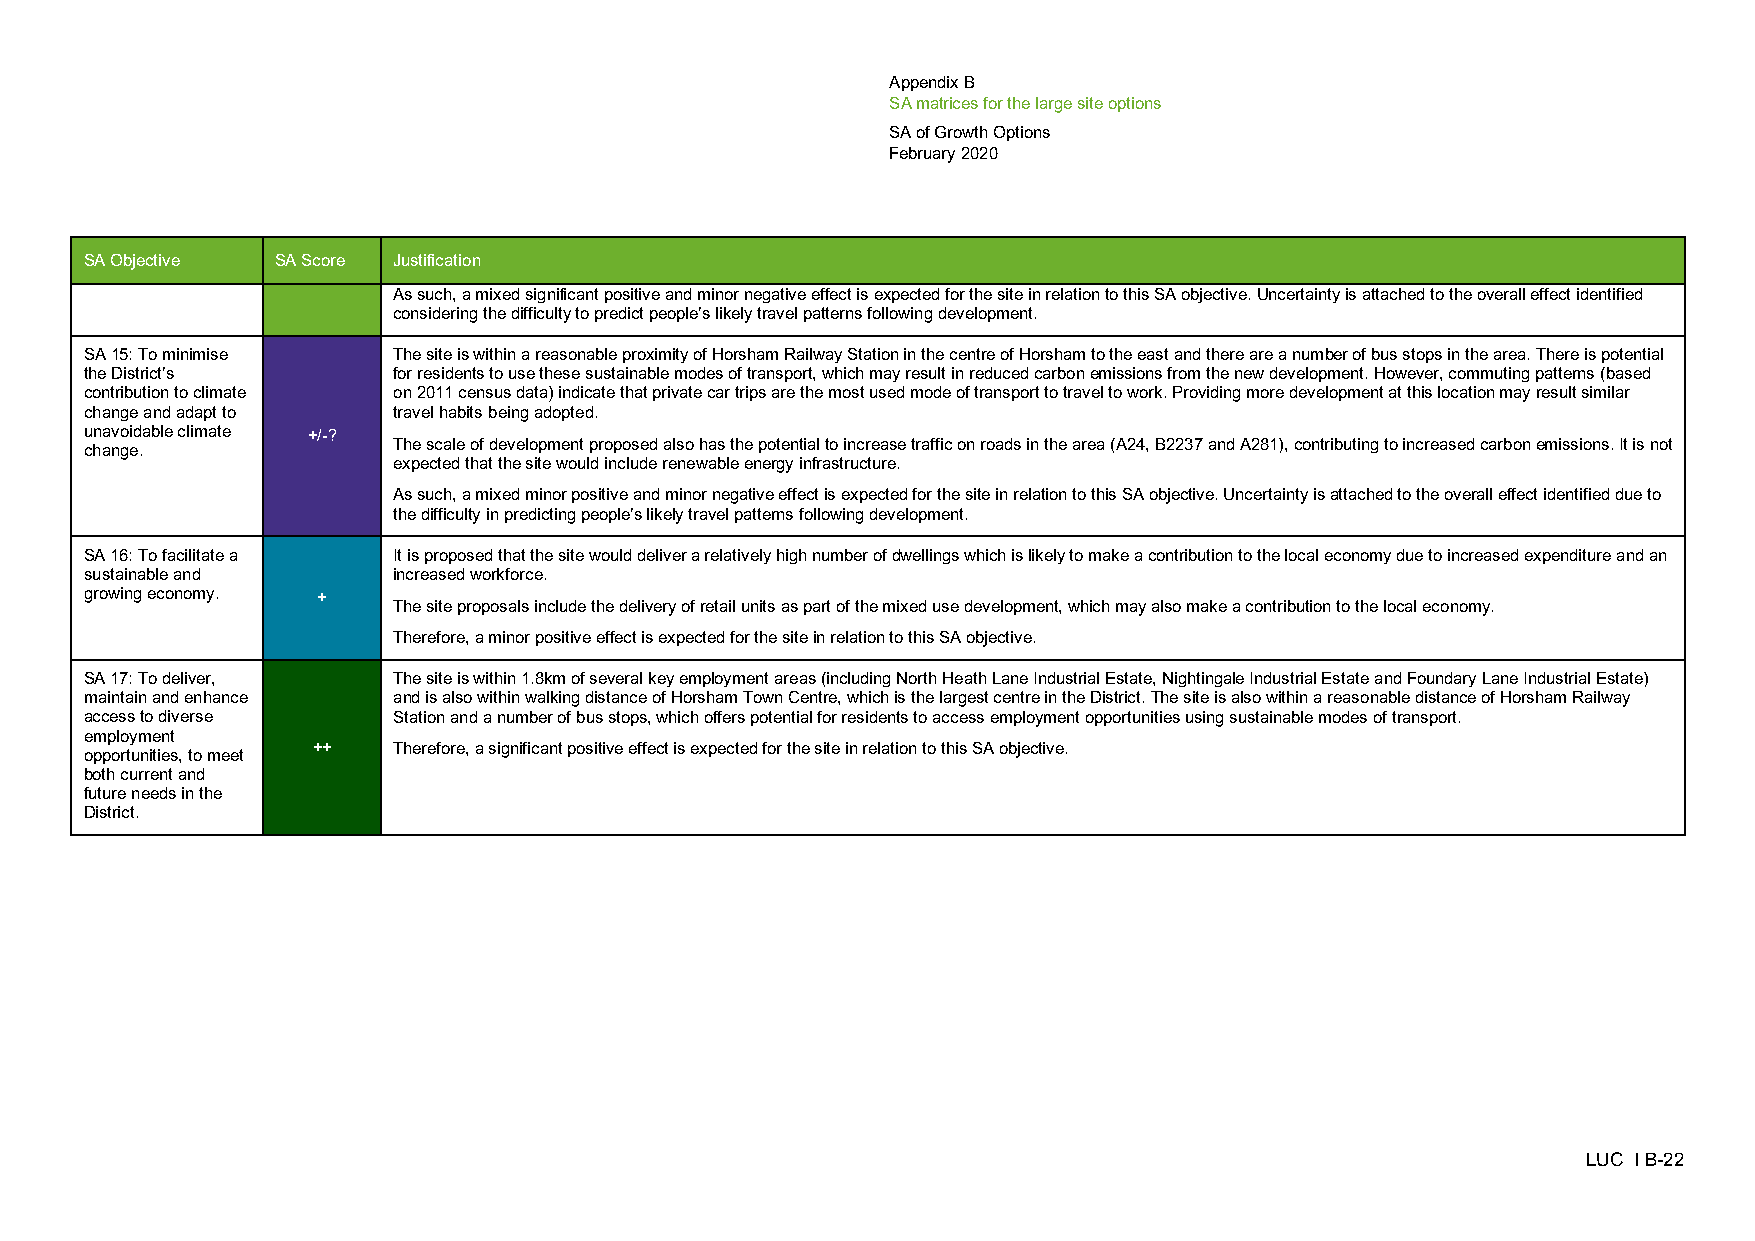
Appendix B
 SA matrices for the large site options
 SA of Growth Options
 February 2020
 SA Objective SA Score Justification
 As such, a mixed significant positive and minor negative effect is expected for the site in relation to this SA objective. Uncertainty is attached to the overall effect identified
 considering the difficulty to predict people’s likely travel patterns following development.
 SA 15: To minimise  The site is within a reasonable proximity of Horsham Railway Station in the centre of Horsham to the east and there are a number of bus stops in the area. There is potential
 the District’s      for residents to use these sustainable modes of transport, which may result in reduced carbon emissions from the new development. However, commuting patterns (based
 contribution to climate on 2011 census data) indicate that private car trips are the most used mode of transport to travel to work. Providing more development at this location may result similar
 change and adapt to travel habits being adopted.
 unavoidable climate +/-?
 The scale of development proposed also has the potential to increase traffic on roads in the area (A24, B2237 and A281), contributing to increased carbon emissions. It is not
 change.
 expected that the site would include renewable energy infrastructure.
 As such, a mixed minor positive and minor negative effect is expected for the site in relation to this SA objective. Uncertainty is attached to the overall effect identified due to
 the difficulty in predicting people’s likely travel patterns following development.
 SA 16: To facilitate a It is proposed that the site would deliver a relatively high number of dwellings which is likely to make a contribution to the local economy due to increased expenditure and an
 sustainable and     increased workforce.
 growing economy. +
 The site proposals include the delivery of retail units as part of the mixed use development, which may also make a contribution to the local economy.
 Therefore, a minor positive effect is expected for the site in relation to this SA objective.
 SA 17: To deliver,  The site is within 1.8km of several key employment areas (including North Heath Lane Industrial Estate, Nightingale Industrial Estate and Foundary Lane Industrial Estate)
 maintain and enhance and is also within walking distance of Horsham Town Centre, which is the largest centre in the District. The site is also within a reasonable distance of Horsham Railway
 access to diverse   Station and a number of bus stops, which offers potential for residents to access employment opportunities using sustainable modes of transport.
 employment
 ++   Therefore, a significant positive effect is expected for the site in relation to this SA objective.
 opportunities, to meet
 both current and
 future needs in the
 District.
 LUC I B-22